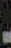
-